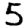
Digit: 5